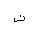
Letter: _tha